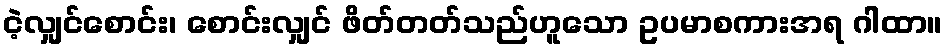
ငဲ့လျှင်စောင်း၊ စောင်းလျှင် ဖိတ်တတ်သည်ဟူသော ဥပမာစကားအရ ဂါထာ။